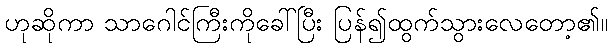
ဟုဆိုကာ သာဂေါင်ကြီးကိုခေါ်ပြီး ပြန်၍ထွက်သွားလေတော့၏။